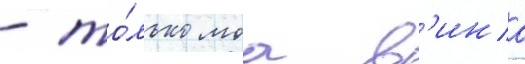
- то́лько моа в'ина